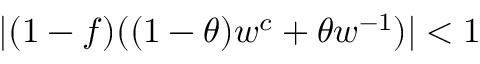
| ( 1 - f ) ( ( 1 - \theta ) w ^ { c } + \theta w ^ { - 1 } ) | < 1